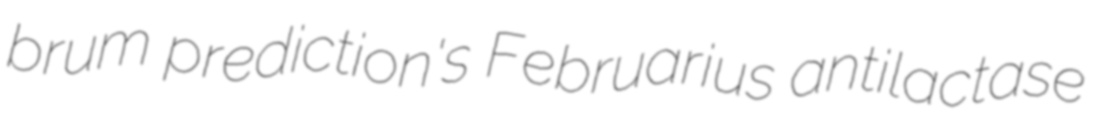
brum prediction's Februarius antilactase